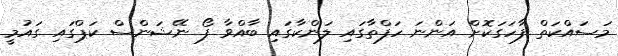
މަސައްކަތް ފާހަގަކޮށް އަންނަ ހަފްތާގައި ލަންކާގައި ބާއްވާ ފޯ ނޭޝަންސް ކަޕްގައި ގައުމީ